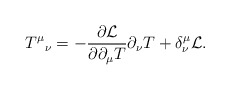
\begin{align*}T^{\mu}{}_\nu = -{\partial {\cal L} \over \partial \partial_\mu T} \partial_\nu T + \delta^{\mu}_{\nu} {\cal L}.\end{align*}